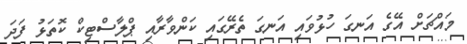
މައްޗަށް އޭގެ އަނގަ ހުޅުވައި އަނގަ ތެރޭގައި ކަންވާރާއި ޕްލާސްޓިކް ކޮތަޅު ފަދަ